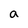
Character: a